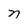
Character: n